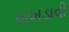
ખખડાવી